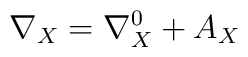
\nabla_{X} = \nabla_{X}^{0} + A_{X}